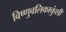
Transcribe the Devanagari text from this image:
बिष्णुबलिकाकुंशी